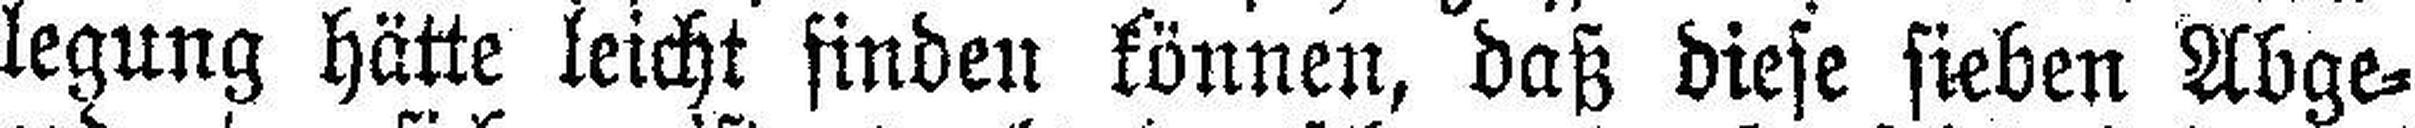
legung hätte leicht finden können, daß diese sieben Abge¬